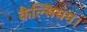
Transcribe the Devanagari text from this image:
कैल्सियम।